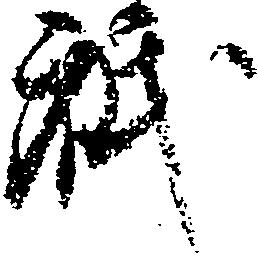
祇